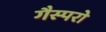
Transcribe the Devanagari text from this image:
गैस्परो